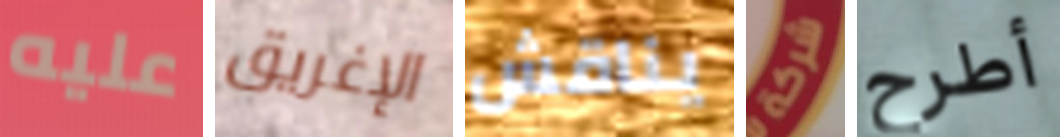
عليه الإغريق يناقش شركة أطرح